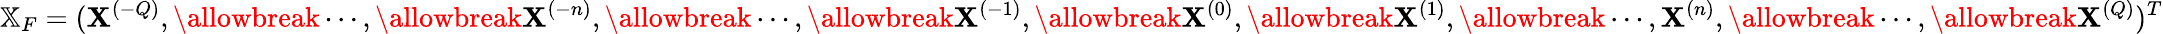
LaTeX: \mathbb{X}_{F}=(\mathbf{X}^{(-Q)},\allowbreak\cdots,\allowbreak\mathbf{X}^{(-n)},\allowbreak\cdots,\allowbreak\mathbf{X}^{(-1)},\allowbreak\mathbf{X}^{(0)},\allowbreak\mathbf{X}^{(1)},\allowbreak\cdots,\mathbf{X}^{(n)},\allowbreak\cdots,\allowbreak\mathbf{X}^{(Q)})^{T}